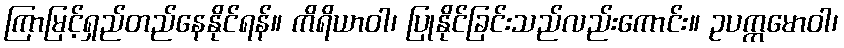
ကြာမြင့်ရှည်တည်နေနိုင်ရန်။ ကိရိယာဝါ၊ ပြုနိုင်ခြင်းသည်လည်းကောင်း။ ဥပက္ကမောဝါ၊